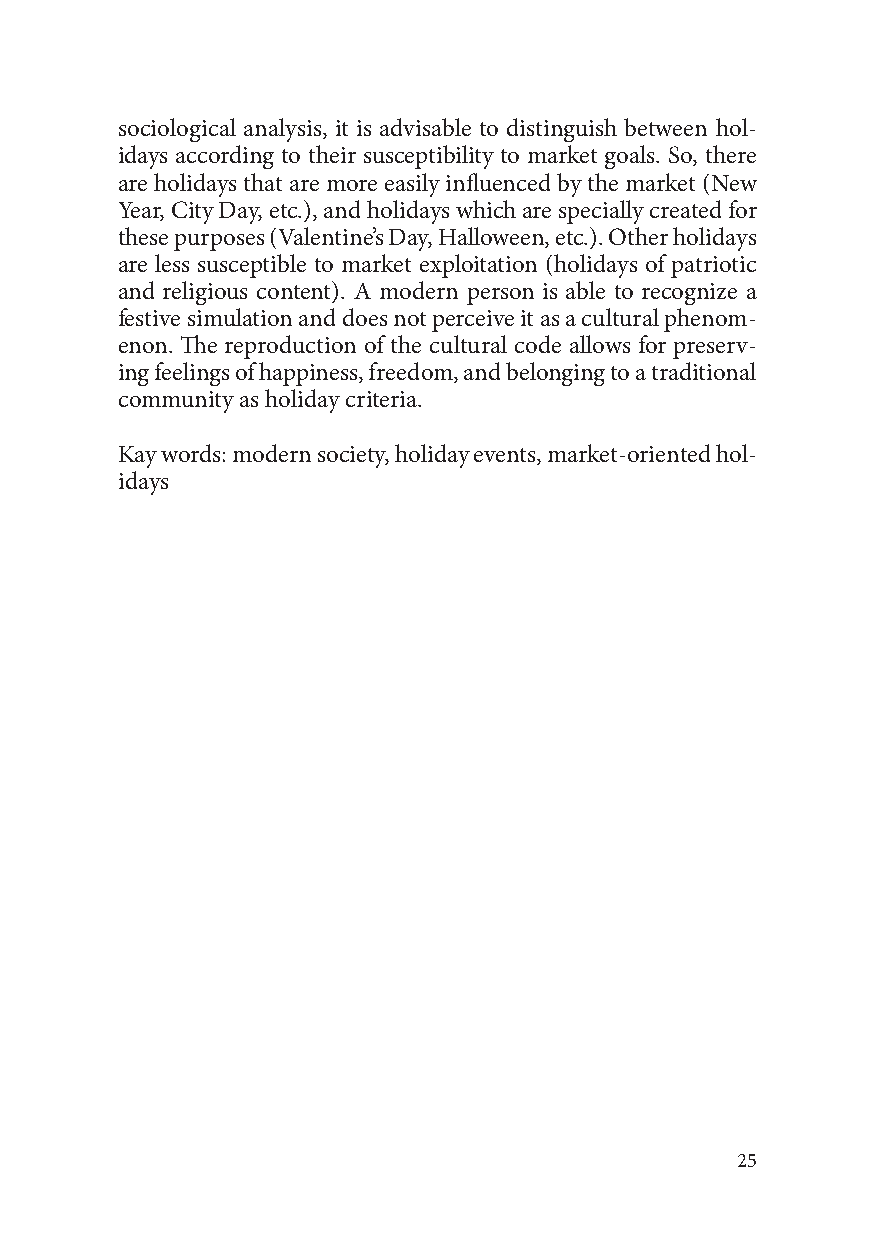
sociological analysis, it is advisable to distinguish between hol-
 idays according to their susceptibility to market goals. So, there
 are holidays that are more easily influenced by the market (New
 Year, City Day, etc.), and holidays which are specially created for
 these purposes (Valentine’s Day, Halloween, etc.). Other holidays
 are less susceptible to market exploitation (holidays of patriotic
 and religious content). A modern person is able to recognize a
 festive simulation and does not perceive it as a cultural phenom-
 enon. The reproduction of the cultural code allows for preserv-
 ing feelings of happiness, freedom, and belonging to a traditional
 community as holiday criteria.
 Kay words: modern society, holiday events, market-oriented hol-
 idays
 25